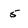
Character: 5